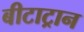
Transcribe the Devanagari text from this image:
बीटाट्रान